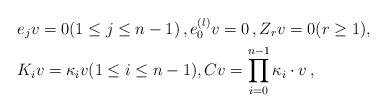
LaTeX: \begin{align*}&e_j v=0(1\le j\le n-1)\,, e_0^{(l)}v=0\,,Z_rv=0(r\ge1),\\&K_iv= \kappa_iv (1\le i \le n-1),Cv=\prod_{i=0}^{n-1}\kappa_i\cdot v\,,\end{align*}